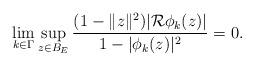
LaTeX: \begin{align*} \lim_{k\in \Gamma} \sup_{z\in B_E} \frac{(1-\|z\|^2)|\mathcal R\phi_k(z)|}{1-|\phi_k(z)|^2}=0.\end{align*}